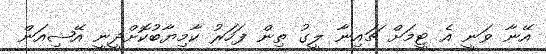
އޭނާ ވަނީ އެ ޓީމަށް ޗައިނާ ލީގު ތިން ފަހަރު ކާމިޔާބުކޮށްދީނީ އޭޝިއަން